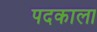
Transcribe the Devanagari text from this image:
पदकाला